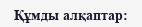
Құмды алқаптар: